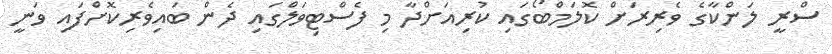
ސްރީ ލަންކާގެ ވެރިރަށް ކޮލަމްބޯގައި ކުރިއަށްދާ މި ފެސްޓިވަލްގައި ދެން ބައިވެރިކޮށްފައި ވަނީ